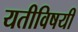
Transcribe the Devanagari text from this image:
यतीविषयी